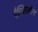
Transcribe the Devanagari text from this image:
ऍप्सिलॉन